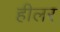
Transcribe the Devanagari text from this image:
हीलर